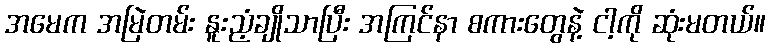
အမေက အမြဲတမ်း နူးညံ့ချိုသာပြီး အကြင်နာ စကားတွေနဲ့ ငါ့ကို ဆုံးမတယ်။